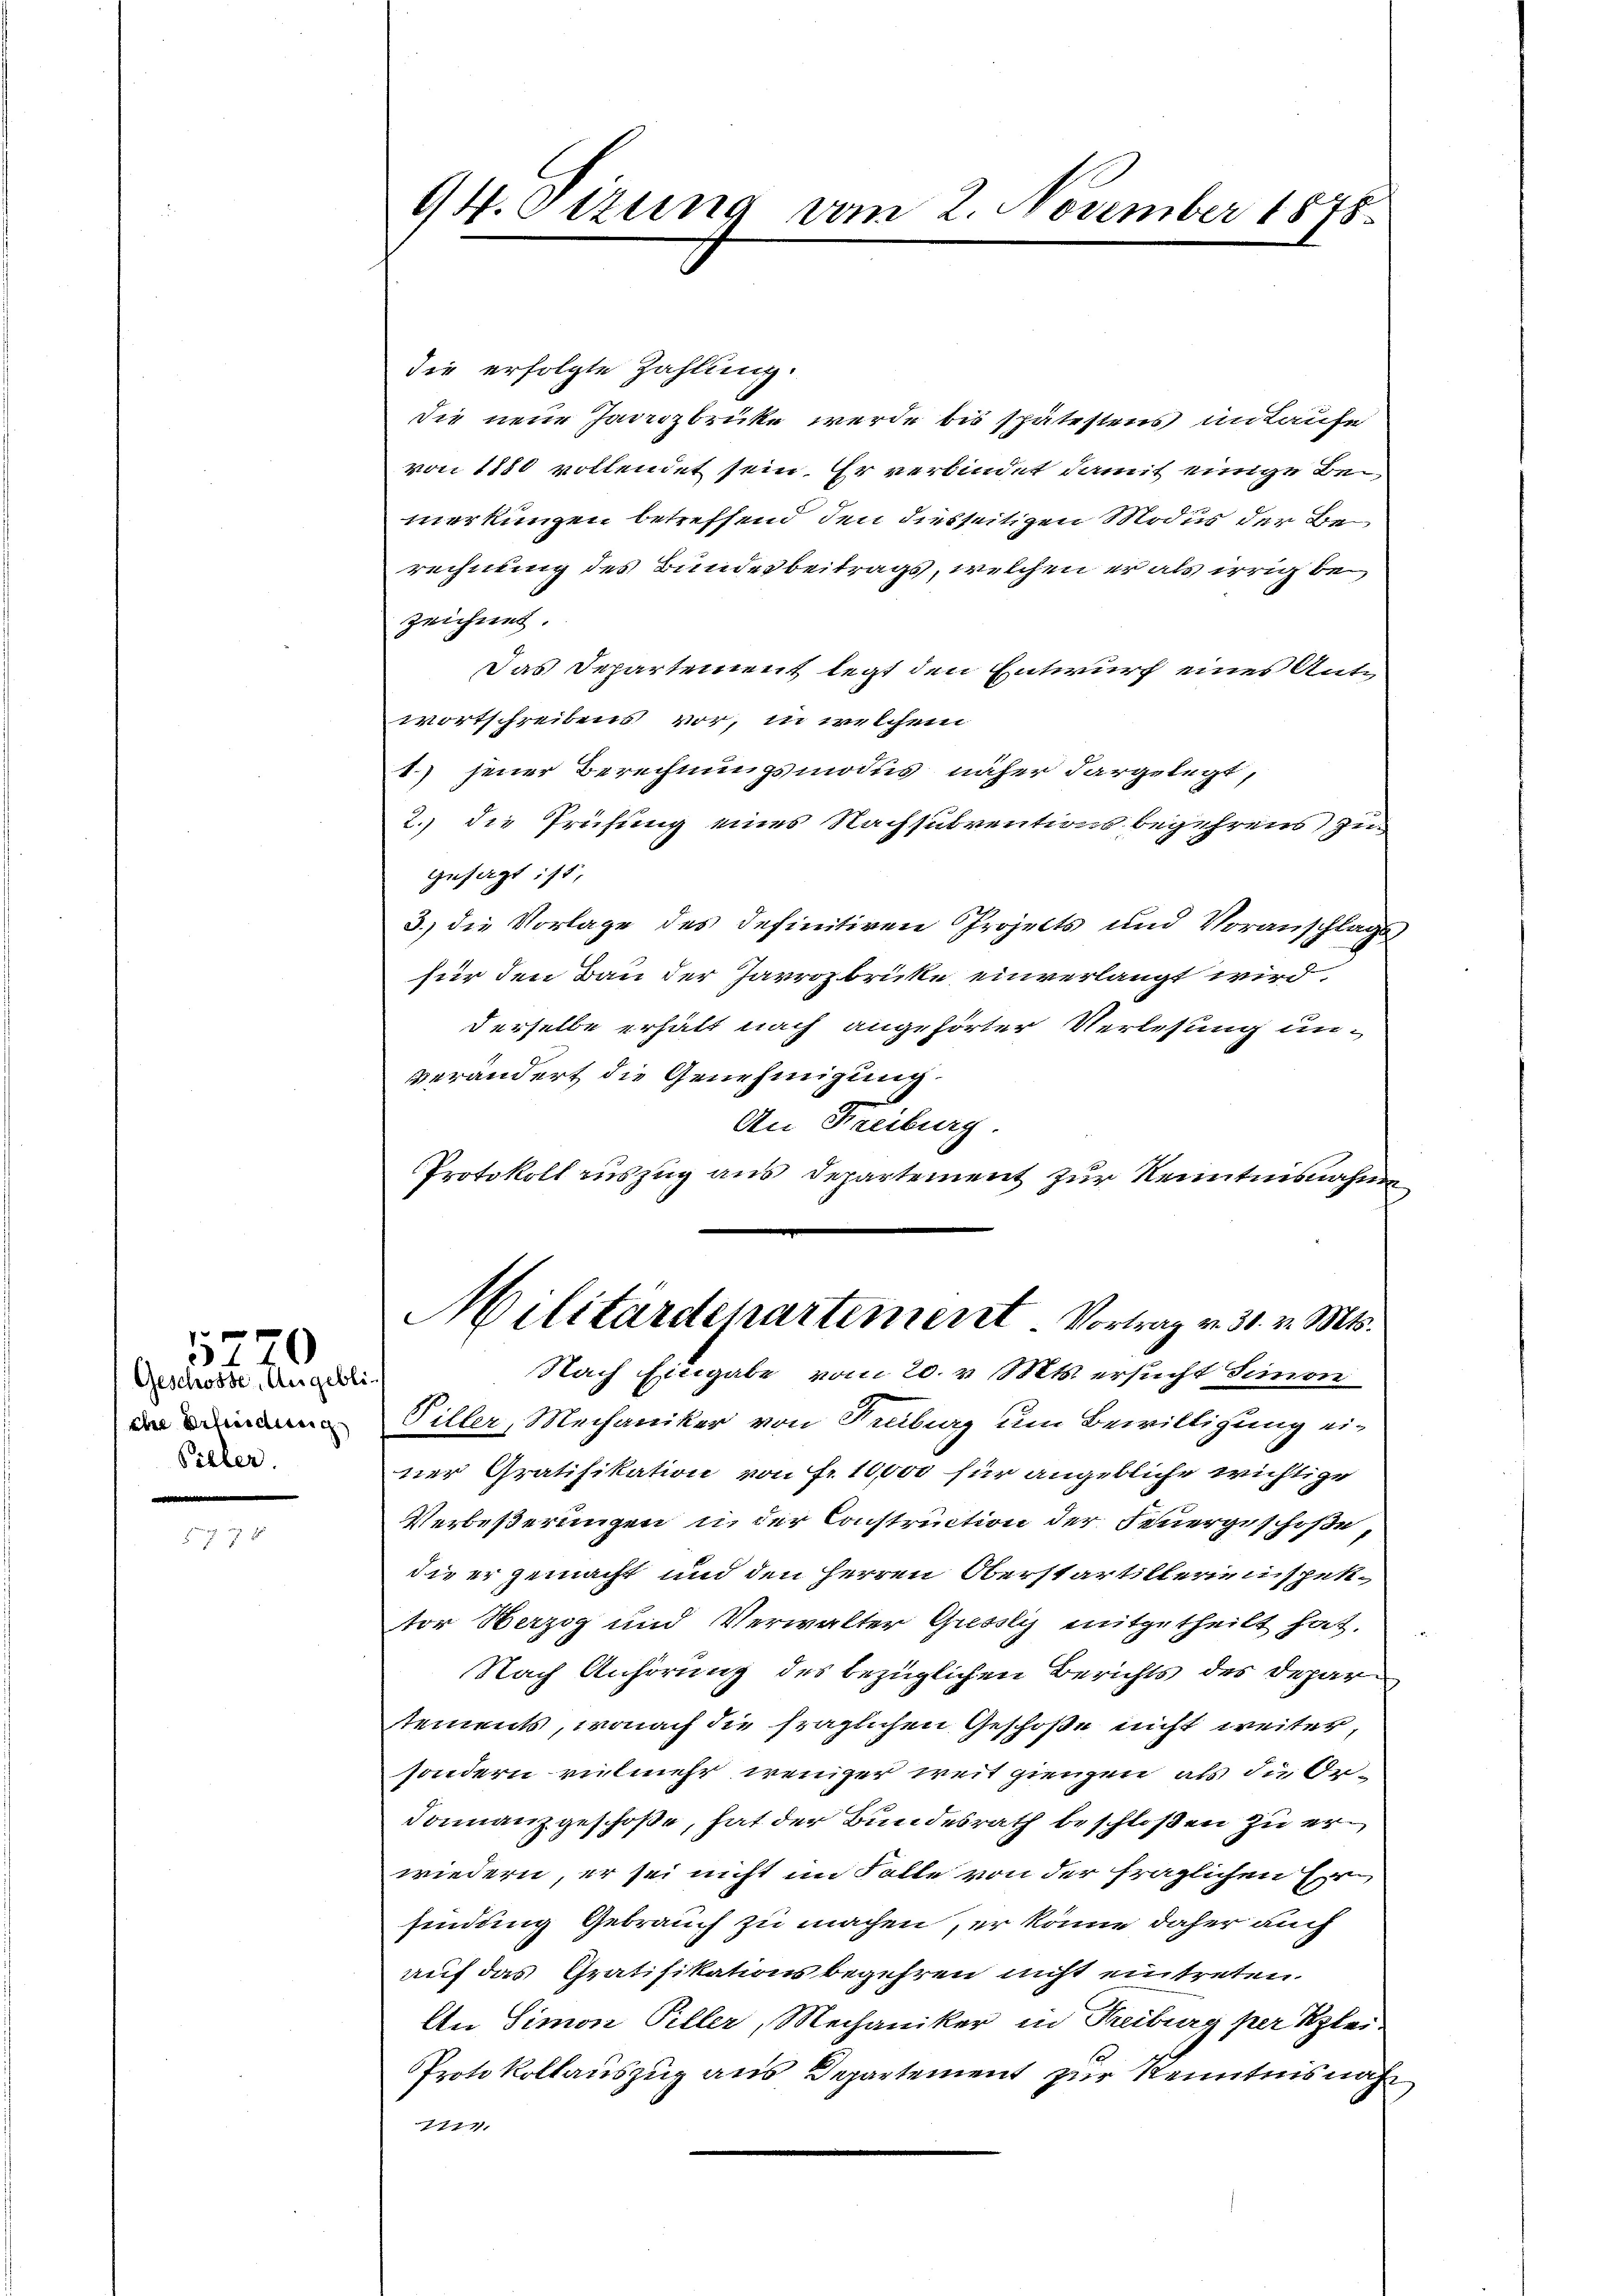
Geschosse, Angebliche Erleidung
Pieler.

5270

94. Sizung vom 2. November 1878.

die erfolgte Zahlung.
die neue Januzbrücke werde bis spätestens unlaufe
von 1880 vollendet sein. Er verbindet damit einige Bemerkungen betreffend den diesseitigen Modus der Berechnung des Bundesbeitrags, welchen er als irrig bezeichnet
Das Separtement legt den Entwurf eines Antwortschreibens vor, in welchem
1) jener Berechnungsmodus näher dargelegt,
2.) Die Prüfung eines Nachsudrentions begehrens zugesagt : 15,
3.) die Vorlage des definitiven Projekts und Voranschlags
für den Bau der Jarrozbricke einverlangt wird.
derselbe erhält nach angehörter Verlesung un-
verändert die Genehmigung.
An Freiburg.
Protokoll auszug aus Departement zur Kenntnisnahme
Militärdepartement. Vortrag v. 31. v. Mts.
Nach Eingabe vom 20. v. Mts. ersucht Simon
Piller, Mechaniker von Fribourg um Bewilligung einer Gratifikation von Fr. 10,000 für angebliche wichtige
Verbeßerungen u. der Construction der Feuergeschoße,
die er gemacht und den Herren Oberstartillerienispektor Herzog und Verwalter Gressli mitgetheilt hat.
Nach Anhörung des bezüglichen Berichts des Departements, wonach die fraglichen Geschoße nicht weiter,
sondern ruhmehr weniger weit giengen, als die Or¬
Foinanzgeschoße, hat der Bundesrath beschloßen zu erwiedern, er sei nicht im Falle von der fraglichen Her
findung Gebrauch zu machen, er könne daher auch
auf das Gratifikationsbegehren nicht eintreten.
An Simon Piller, Mechaniker in Freiburg per Klei-
Protokollauszug aus Departement zur Kenntnis nach
77771.